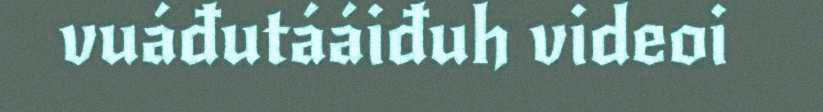
vuáđutááiđuh videoi